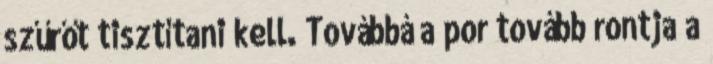
szűrőt tisztítani kell. Továbbá a por tovább rontja a